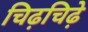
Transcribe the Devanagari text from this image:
चिढ़चिढ़े